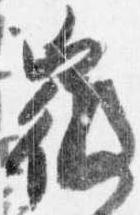
微